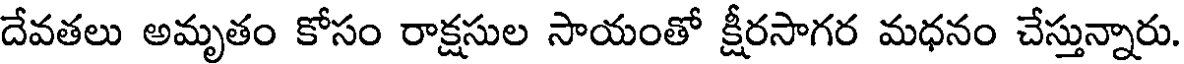
దేవతలు అమృతం కోసం రాక్షసుల సాయంతో క్షీరసాగర మధనం చేస్తున్నారు